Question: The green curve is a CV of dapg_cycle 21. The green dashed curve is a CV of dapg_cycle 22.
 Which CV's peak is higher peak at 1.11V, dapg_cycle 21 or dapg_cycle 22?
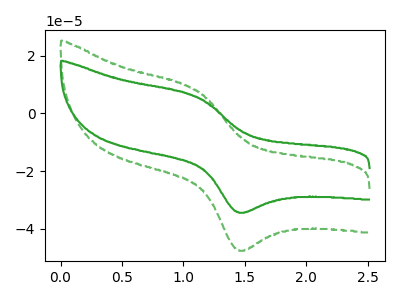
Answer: <think>The green curve "dapg_cycle 21" has an anodic peak at (1.10V, 5.80uA) and a cathodic peak at (1.45V, -34.30uA). The green dashed curve "dapg_cycle 22" has an anodic peak at (1.10V, 8.00uA) and a cathodic peak at (1.45V, -47.40uA).</think>
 <answer>The peak at 1.11V is lower in "dapg_cycle 21" than in "dapg_cycle 22".</answer>
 <eval>lower</eval>